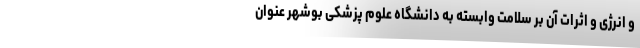
و انرژی و اثرات آن بر سلامت وابسته به دانشگاه علوم پزشکی بوشهر عنوان